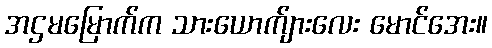
အဌမမြောက်က သားယောက်ျားလေး မောင်အေး။